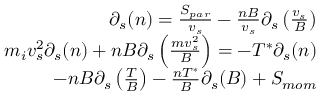
\begin{array} { r } { \partial _ { s } ( n ) = \frac { S _ { p a r } } { v _ { s } } - \frac { n B } { v _ { s } } \partial _ { s } \left( \frac { v _ { s } } { B } \right) } \\ { m _ { i } v _ { s } ^ { 2 } \partial _ { s } ( n ) + n B \partial _ { s } \left( \frac { m v _ { s } ^ { 2 } } { B } \right) = - T ^ { * } \partial _ { s } ( n ) } \\ { ~ ~ ~ ~ ~ ~ ~ ~ ~ ~ ~ - n B \partial _ { s } \left( \frac { T } { B } \right) - \frac { n T ^ { * } } { B } \partial _ { s } ( B ) + S _ { m o m } } \end{array}